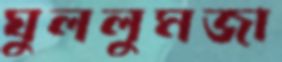
ঘুললুমজা